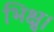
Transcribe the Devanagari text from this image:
भिक्षु।